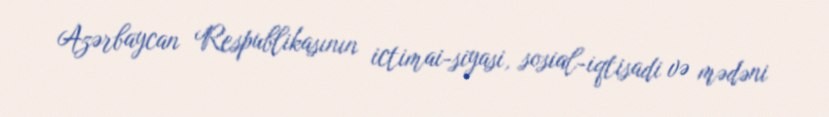
Azərbaycan Respublikasının ictimai-siyasi, sosial-iqtisadi və mədəni